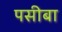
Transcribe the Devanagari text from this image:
पसीबा